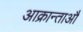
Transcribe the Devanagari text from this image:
आक्रान्ताऔ